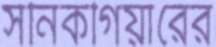
সনিকগিয়ারের